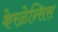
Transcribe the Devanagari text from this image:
केरळेन्सिस